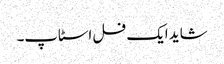
شاید ایک فل اسٹاپ۔